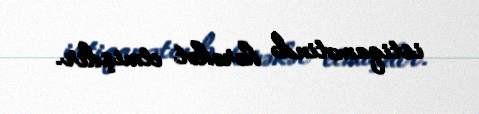
istiqamətində hərəkət etmişdir.